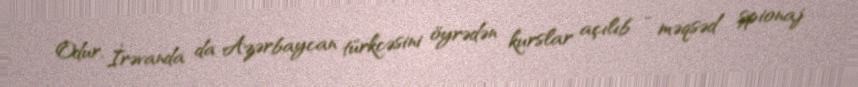
Odur, İrəvanda da Azərbaycan türkcəsini öyrədən kurslar açılıb - məqsəd şpionaj